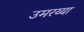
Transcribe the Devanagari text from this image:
उमरय्या